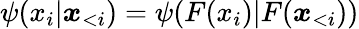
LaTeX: \psi(x_{i}|\boldsymbol x_{<i})=\psi(F(x_{i})|F(\boldsymbol x_{<i}))